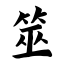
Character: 筮